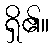
ရှိ၏။